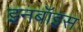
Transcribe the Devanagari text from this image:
इनबॉइस